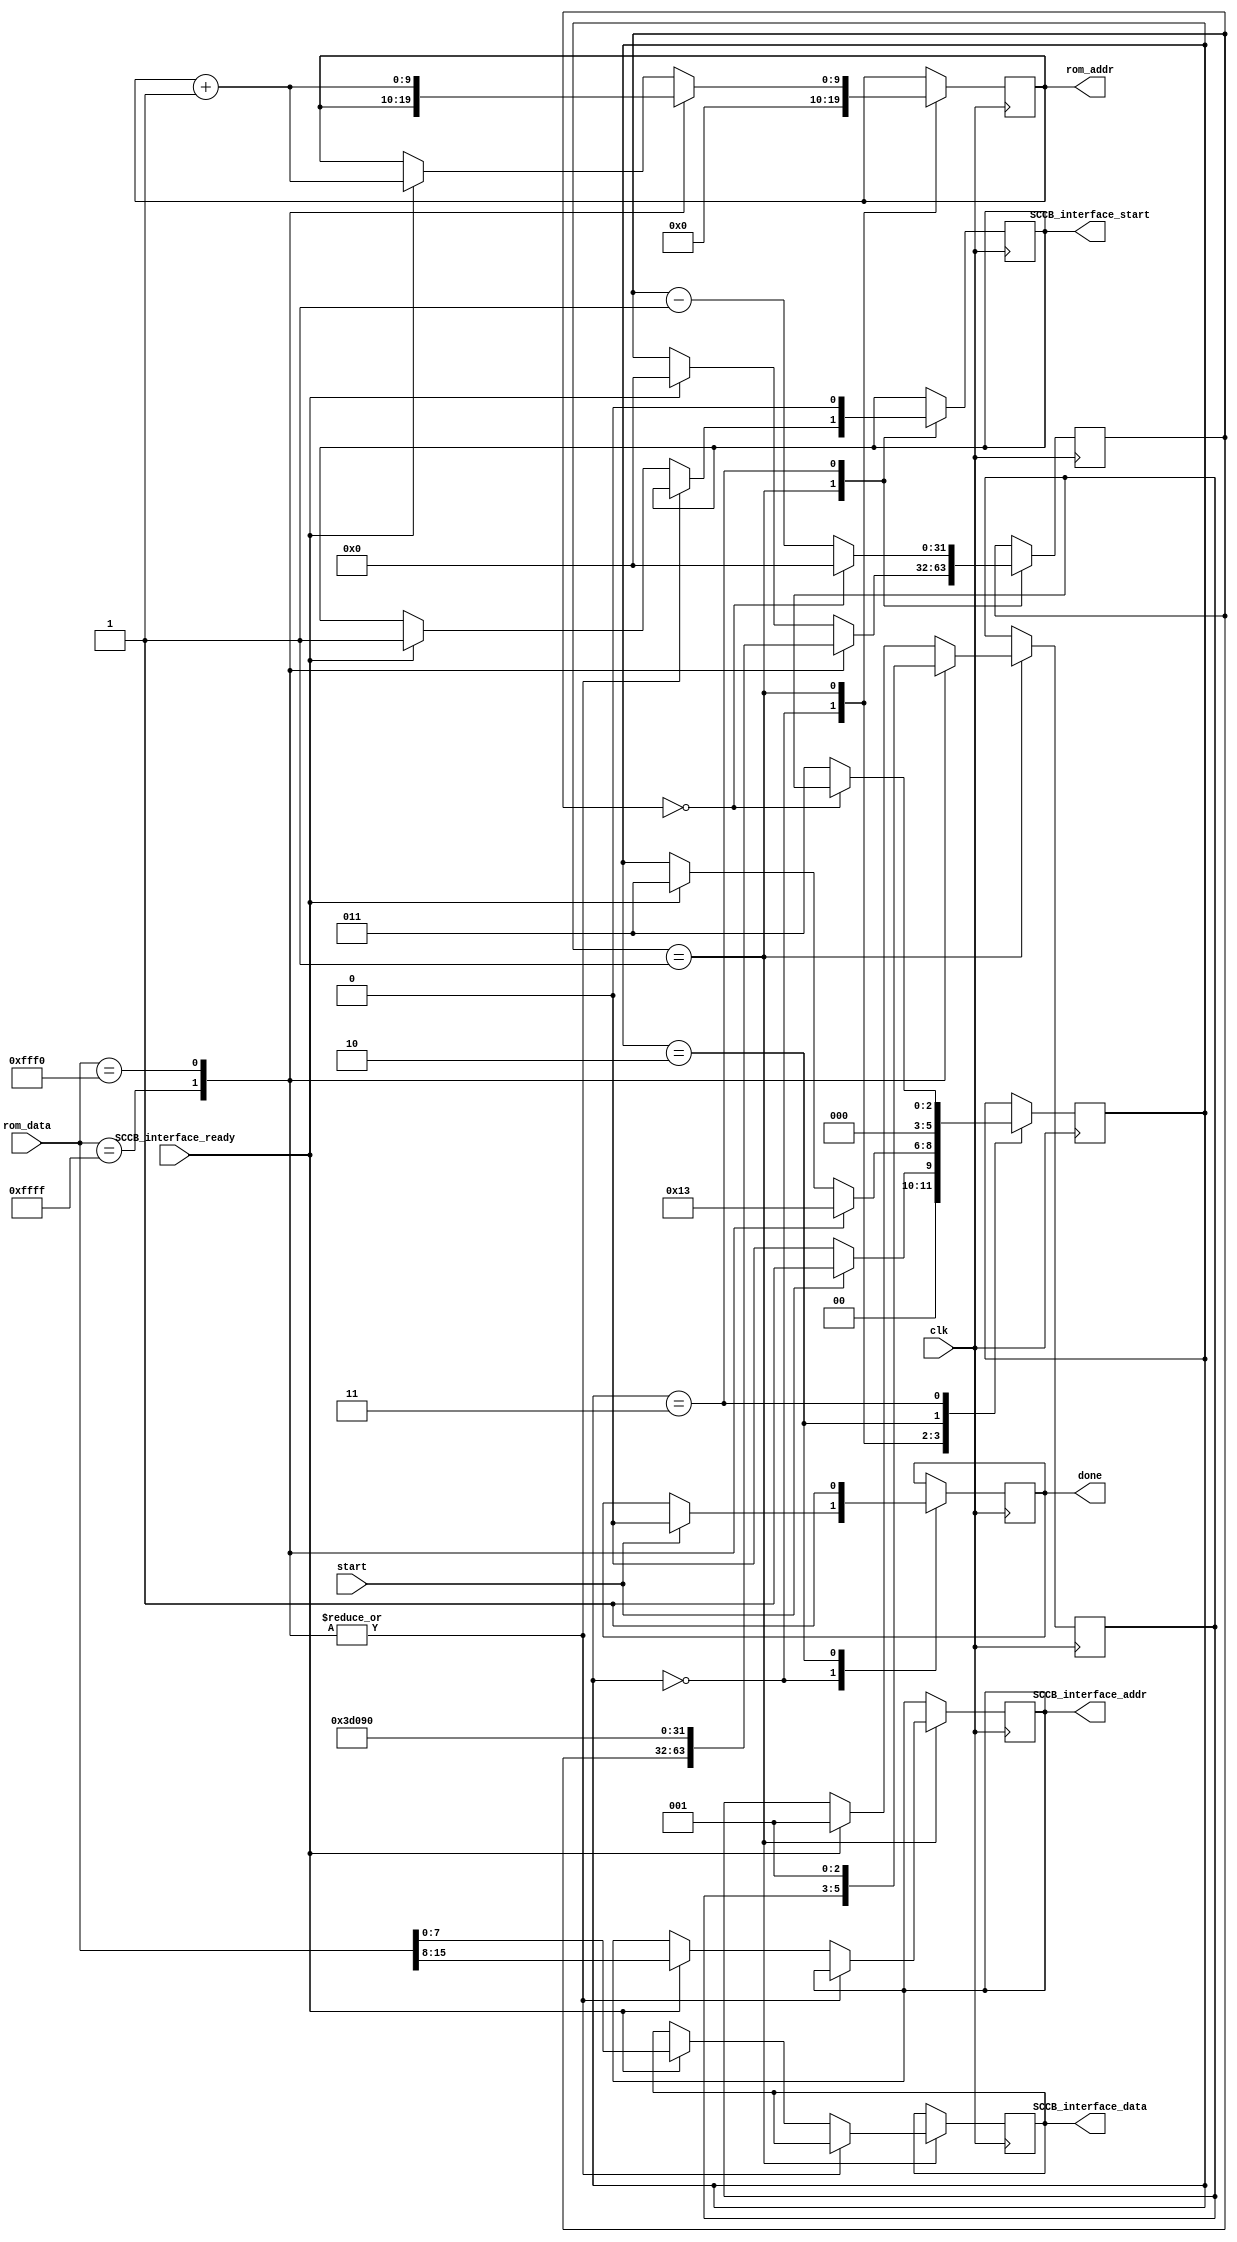
`timescale 1ns / 1ps
//////////////////////////////////////////////////////////////////////////////////
// Company: 
// Engineer: 
// 
// Design Name: 
// Module Name: OV7670_config
// Project Name: 
// Target Devices: 
// Tool Versions: 
// Description: 
// 
// Dependencies: 
// 
// Revision:
// Revision 0.01 - File Created
// Additional Comments:
// 
//////////////////////////////////////////////////////////////////////////////////
//source: https://github.com/westonb/OV7670-Verilog

module OV7670_config
#(
    parameter CLK_FREQ = 25000000,
	 parameter I2C_ADDR_16 = 0
)
(
    input wire clk,
    input wire SCCB_interface_ready,
    input wire [15 + 8*I2C_ADDR_16:0] rom_data,
    input wire start,
    output reg [9:0] rom_addr,
    output reg done,
    output reg [7 + 8*I2C_ADDR_16:0] SCCB_interface_addr,
    output reg [7:0] SCCB_interface_data,
    output reg SCCB_interface_start
    );
    
    initial begin
        rom_addr = 0;
        done = 0;
        SCCB_interface_addr = 0;
        SCCB_interface_data = 0;
        SCCB_interface_start = 0;
    end
    
    localparam FSM_IDLE = 0;
    localparam FSM_SEND_CMD = 1;
    localparam FSM_DONE = 2;
    localparam FSM_TIMER = 3;
    
    reg [2:0] FSM_state = FSM_IDLE;
    reg [2:0] FSM_return_state;
    reg [31:0] timer = 0; 
    
    always@(posedge clk) begin
    
        case(FSM_state)
            
            FSM_IDLE: begin 
                FSM_state <= start ? FSM_SEND_CMD : FSM_IDLE;
                rom_addr <= 1'h0;
                done <= start ? 1'h0 : done;
            end
            
            FSM_SEND_CMD: begin 
                case(rom_data[15:0])
                    16'hFFFF: begin //end of ROM
                        FSM_state <= FSM_DONE;
                    end
                    
                    16'hFFF0: begin //delay state 
                        timer <= (CLK_FREQ/100); //10 ms delay
                        FSM_state <= FSM_TIMER;
                        FSM_return_state <= FSM_SEND_CMD;
                        rom_addr <= rom_addr + 1'h1;
                    end
                    
                    default: begin //normal rom commands
                        if (SCCB_interface_ready) begin
                            FSM_state <= FSM_TIMER;
                            FSM_return_state <= FSM_SEND_CMD;
                            timer <= 1'h0; //one cycle delay gives ready chance to deassert
                            rom_addr <= rom_addr + 1'h1;
                            SCCB_interface_addr <= rom_data[15 + 8*I2C_ADDR_16:8];
                            SCCB_interface_data <= rom_data[7:0];
                            SCCB_interface_start <= 1;
                        end
                    end
                endcase
            end
                        
            FSM_DONE: begin //signal done 
                FSM_state <= FSM_IDLE;
                done <= 1'h1;
            end
                           
                
            FSM_TIMER: begin //count down and jump to next state
                FSM_state <= (timer == 0) ? FSM_return_state : FSM_TIMER;
                timer <= (timer==0) ? 0 : ( timer - 1'h1 );
                SCCB_interface_start <= 1'h0;
            end
        endcase
    end
endmodule